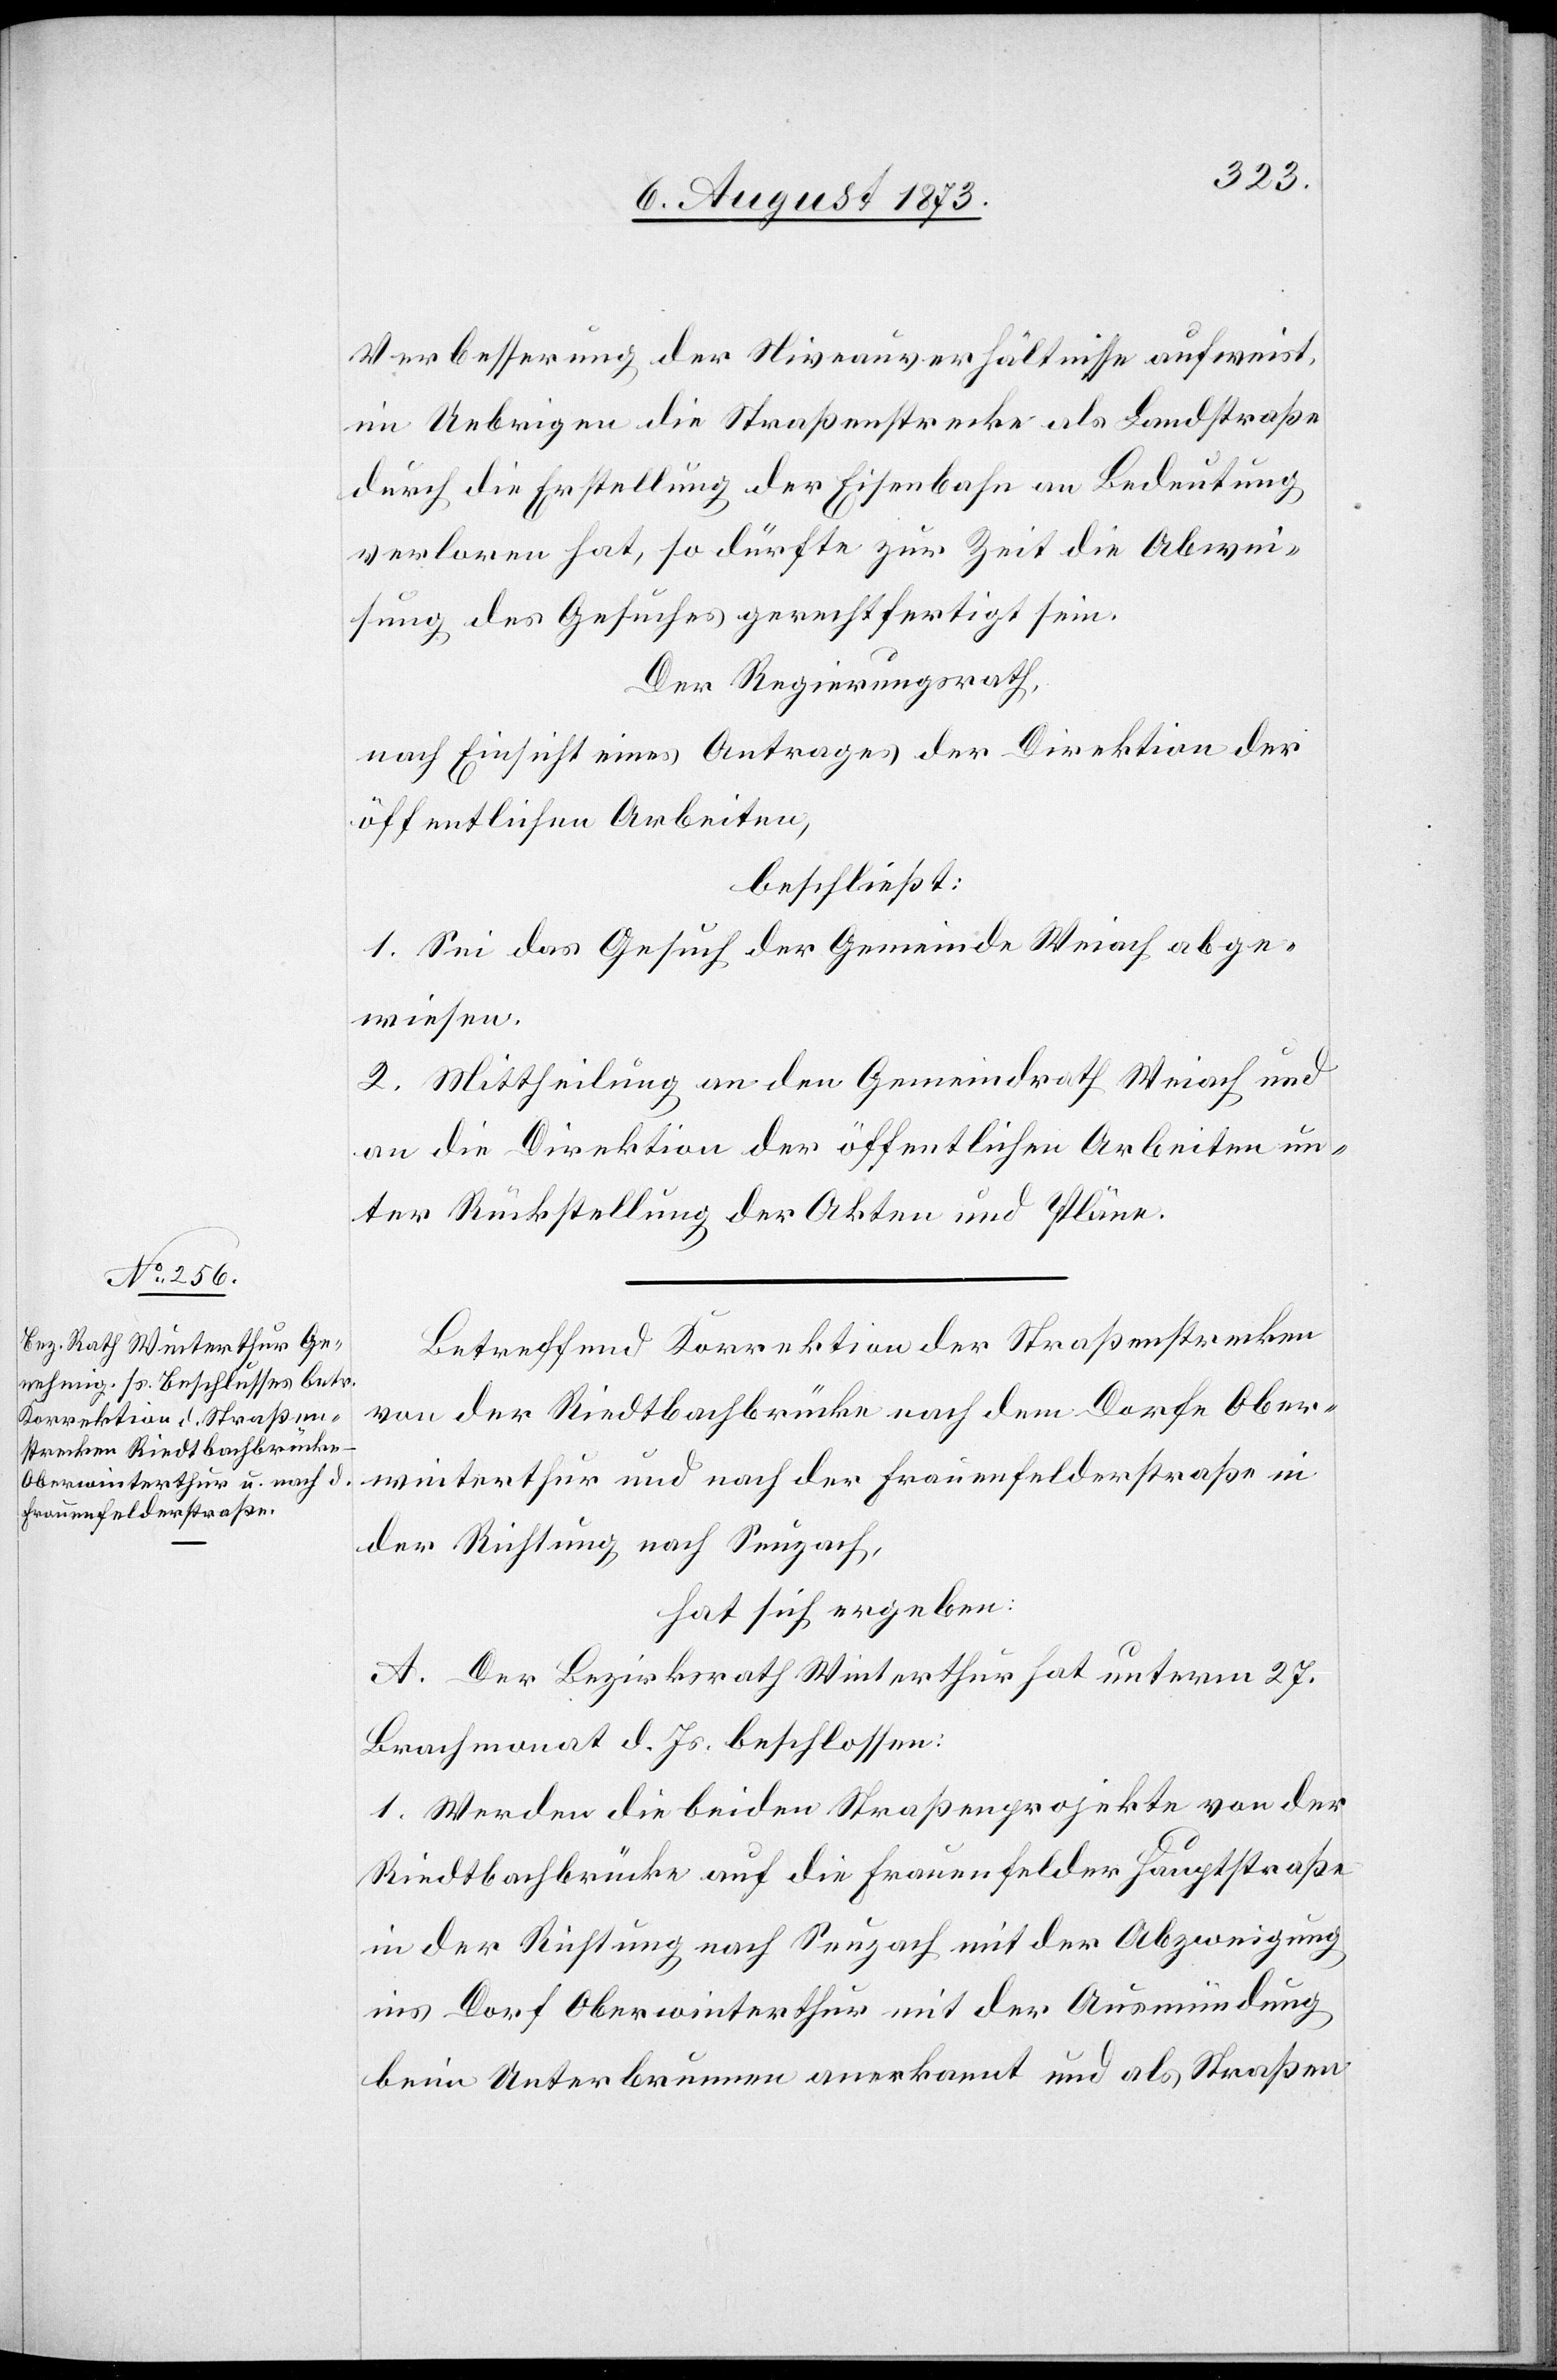
Verbesserung der Niveauverhältnisse aufweist,
im Uebrigen die Straßenstrecke als Landstraße
durch die Erstellung der Eisenbahn an Bedeutung
verloren hat, so dürfte zur Zeit die Abwei¬
sung des Gesuches gerechtfertigt sein.
Der Regierungsrath,
nach Einsicht eines Antrages der Direktion der
öffentlichen Arbeiten,
beschließt:
1. Sei das Gesuch der Gemeinde Weiach abge¬
wiesen.
2. Mittheilung an den Gemeindrath Weiach und
an die Direktion der öffentlichen Arbeiten un¬
ter Rückstellung der Akten und Pläne.
Betreffend Korrektion der Straßenstrecken
von der Riedtbachbrücke nach dem Dorfe Ober¬
winterthur und nach der Frauenfelderstraße in
der Richtung nach Seuzach,
hat sich ergeben:
A. Der Bezirksrath Winterthur hat unterm 27.
Brachmonat d. Js. beschlossen:
1. Werden die beiden Straßenprojekte von der
Riedtbachbrücke auf die Frauenfelder Hauptstraße
in der Richtung nach Seuzach mit der Abzweigung
ins Dorf Oberwinterthur mit der Ausmündung
beim Unterbrunnen anerkannt und als Straßen